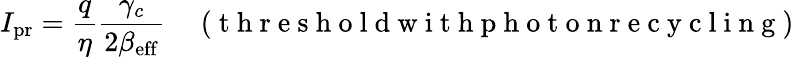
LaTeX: I_{\mathrm{pr}}=\frac{q}{\eta}\frac{\gamma_{c}}{2\beta_{\mathrm{eff}}}\quad\mathrm{~(~t~h~r~e~s~h~o~l~d~w~i~t~h~p~h~o~t~o~n~r~e~c~y~c~l~i~n~g~)~}